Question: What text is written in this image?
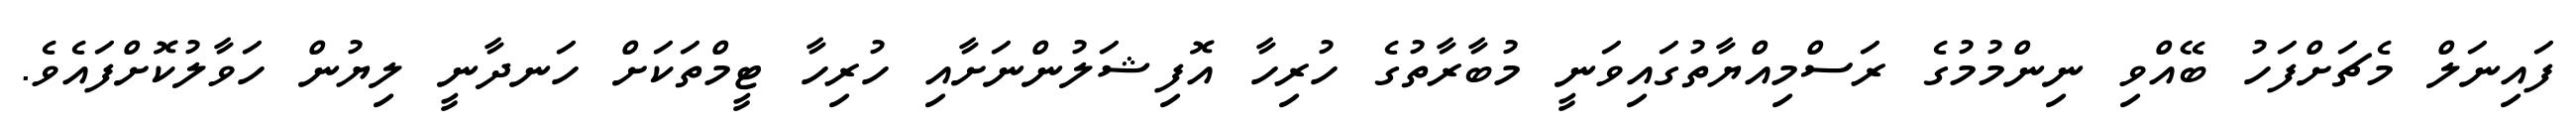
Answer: ފައިނަލް މެޗަށްފަހު ބޭއްވި ނިންމުމުގެ ރަސްމިއްޔާތުގައިވަނީ މުބާރާތުގެ ހުރިހާ އޮފިޝަލުންނަށާއި ހުރިހާ ޓީމްތަކަށް ހަނދާނީ ލިޔުން ހަވާލުކޮށްފައެވެ.